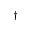
^ \dagger